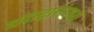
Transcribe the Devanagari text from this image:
घरादारांमध्ये